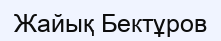
Жайық Бектұров